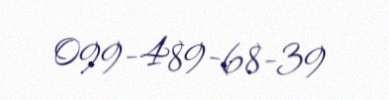
099-489-68-39